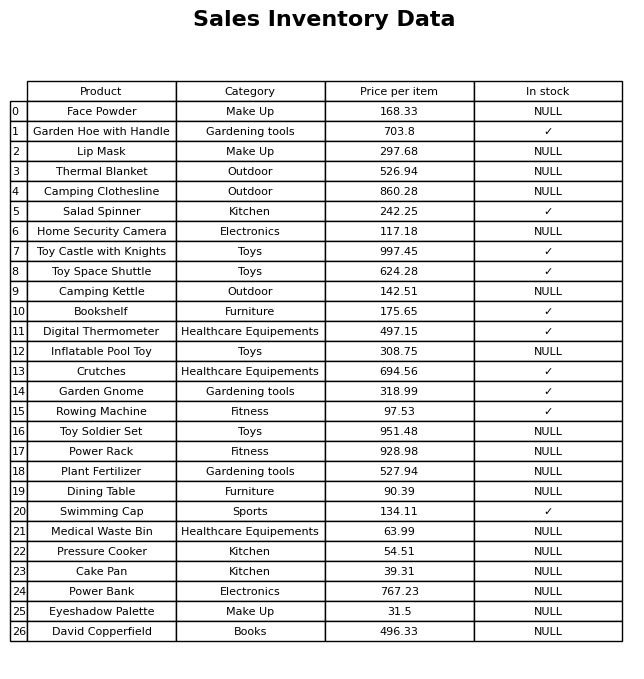
question: What is the price for Dining Table?
answer: The price of Dining Table is 90.39.